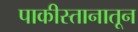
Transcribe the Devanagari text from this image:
पाकीस्तानातून